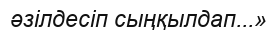
әзілдесіп сыңқылдап...»